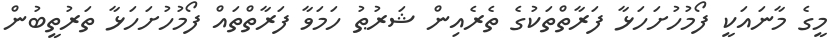
މީގެ މާނައަކީ ފޯމުހުށަހަޅާ ފަރާތްތަކުގެ ތެރެއިން ޝަރުޠު ހަމަވާ ފަރާތްތައް ފޯމުހުށަހަޅާ ތަރުތީބުން